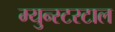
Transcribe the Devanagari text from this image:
म्युन्स्टरटाल